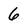
Character: 6